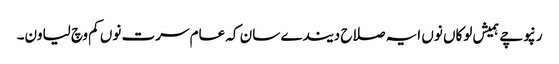
رنپوچے ہمیش لوکاں نوں ایہ صلاح دیندے سان کہ عام سرت نوں کم وچ لیاون۔